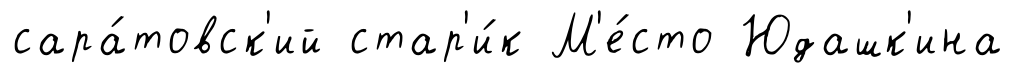
сара́товск'ий стар'и́к М'е́сто Юдашк'ина